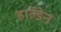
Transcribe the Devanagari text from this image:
हाॅल्डेन